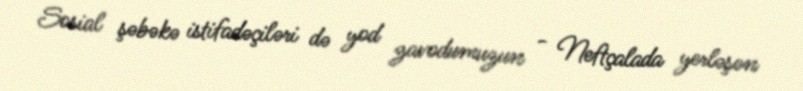
Sosial şəbəkə istifadəçiləri də yod zavodumuzun - Neftçalada yerləşən